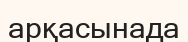
арқасынада